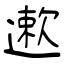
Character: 遬